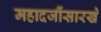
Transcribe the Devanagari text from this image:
महादजींसारखे